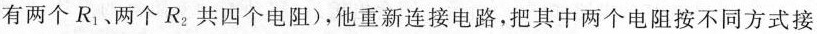
有两个R_{1}、两个R_{2}共四个电阻)，他重新连接电路，把其中两个电阻按不同方式接